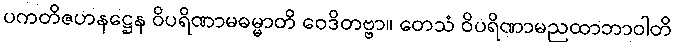
ပကတိဇဟနဋ္ဌေန ဝိပရိဏာမဓမ္မာတိ ဝေဒိတဗ္ဗာ။ တေသံ ဝိပရိဏာမညထာဘာဝါတိ